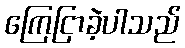
ကြေငြာခဲ့ပါသည်